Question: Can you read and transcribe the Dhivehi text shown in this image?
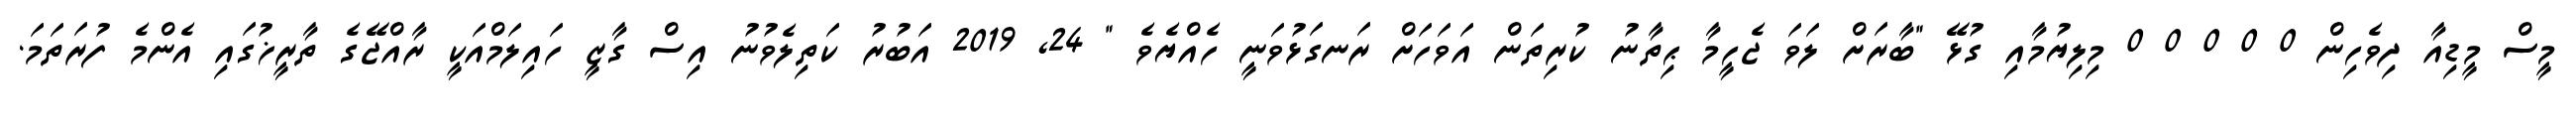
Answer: މީސް މީޑިއާ ދިވެހިން 0 0 0 0 0 މިލިޔުމާއި ގުޅޭ "ބާރަށް ލަވަ ޖެހީމާ ޙިތާނު ކުރިތަން އަވަހަށް ރަނގަޅުވަނީ ހެއްޔެވެ " 24, 2019 އަބުރު ކަތިލެވުނު އިސް ގާޒީ ހައިލަމްއަކީ ރާއްޖޭގެ ތާރީޚުގައި އެންމެ ފުރަތަމަ.